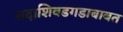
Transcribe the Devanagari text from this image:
सदाशिवडगडाबाबत